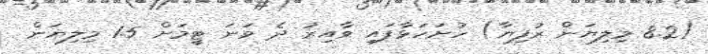
(8.2 މިލިޔަން ރުފިޔާ) ހުށަހަޅާފައި ވާއިރު ދެ ވަނަ ޓީމަށް 1.5 މިލިޔަން